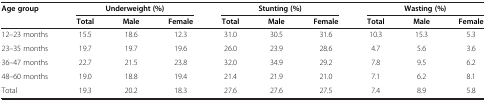
<table><thead><tr><td><b>Age group</b></td><td colspan="3"><b>Underweight (%)</b></td><td colspan="3"><b>Stunting (%)</b></td><td colspan="3"><b>Wasting (%)</b></td></tr><tr><td><b> </b></td><td><b>Total</b></td><td><b>Male</b></td><td><b>Female</b></td><td><b>Total</b></td><td><b>Male</b></td><td><b>Female</b></td><td><b>Total</b></td><td><b>Male</b></td><td><b>Female</b></td></tr></thead><tbody><tr><td>12–23 months</td><td>15.5</td><td>18.6</td><td>12.3</td><td>31.0</td><td>30.5</td><td>31.6</td><td>10.3</td><td>15.3</td><td>5.3</td></tr><tr><td>23–35 months</td><td>19.7</td><td>19.7</td><td>19.6</td><td>26.0</td><td>23.9</td><td>28.6</td><td>4.7</td><td>5.6</td><td>3.6</td></tr><tr><td>36–47 months</td><td>22.7</td><td>21.5</td><td>23.8</td><td>32.0</td><td>34.9</td><td>29.2</td><td>7.8</td><td>9.5</td><td>6.2</td></tr><tr><td>48–60 months</td><td>19.0</td><td>18.8</td><td>19.4</td><td>21.4</td><td>21.9</td><td>21.0</td><td>7.1</td><td>6.2</td><td>8.1</td></tr><tr><td>Total</td><td>19.3</td><td>20.2</td><td>18.3</td><td>27.6</td><td>27.6</td><td>27.5</td><td>7.4</td><td>8.9</td><td>5.8</td></tr></tbody></table>